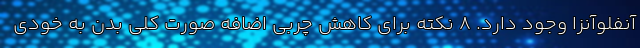
آنفلوآنزا وجود دارد. 8 نکته برای کاهش چربی اضافه صورت کلی بدن به خودی